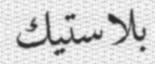
بلاستيك